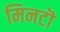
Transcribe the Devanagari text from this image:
मिनटॊ